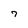
Character: 7